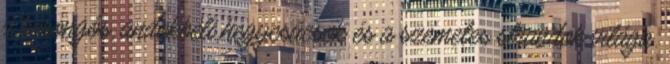
a borongós, andokbeli hegycsúcsok és a szemetes strandok világa.